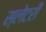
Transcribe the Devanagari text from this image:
स्लेटरी